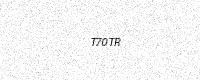
Text: T70TR